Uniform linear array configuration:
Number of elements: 24
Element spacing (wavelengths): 0.5
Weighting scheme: uniform
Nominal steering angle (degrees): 45
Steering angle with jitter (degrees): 43.601
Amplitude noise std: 0.05
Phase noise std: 0.05

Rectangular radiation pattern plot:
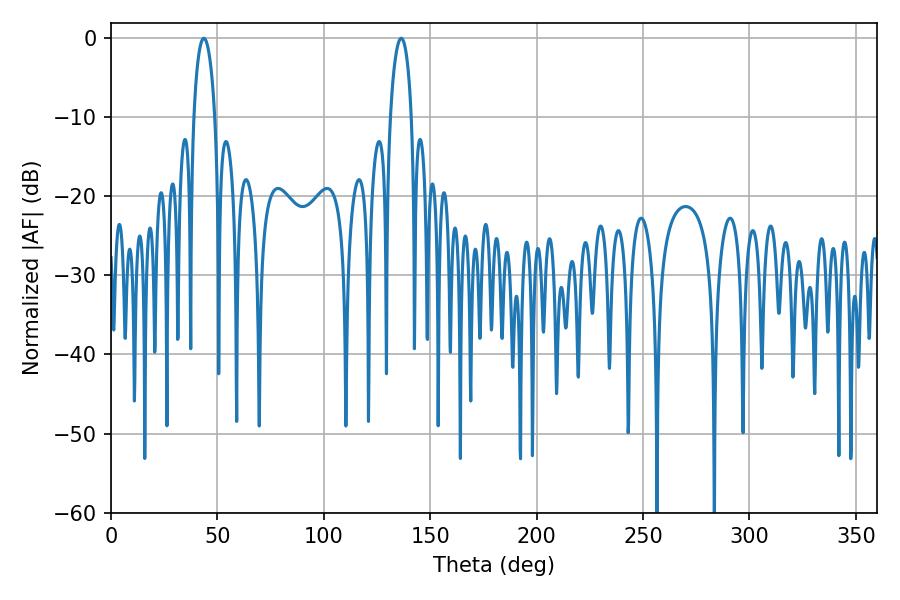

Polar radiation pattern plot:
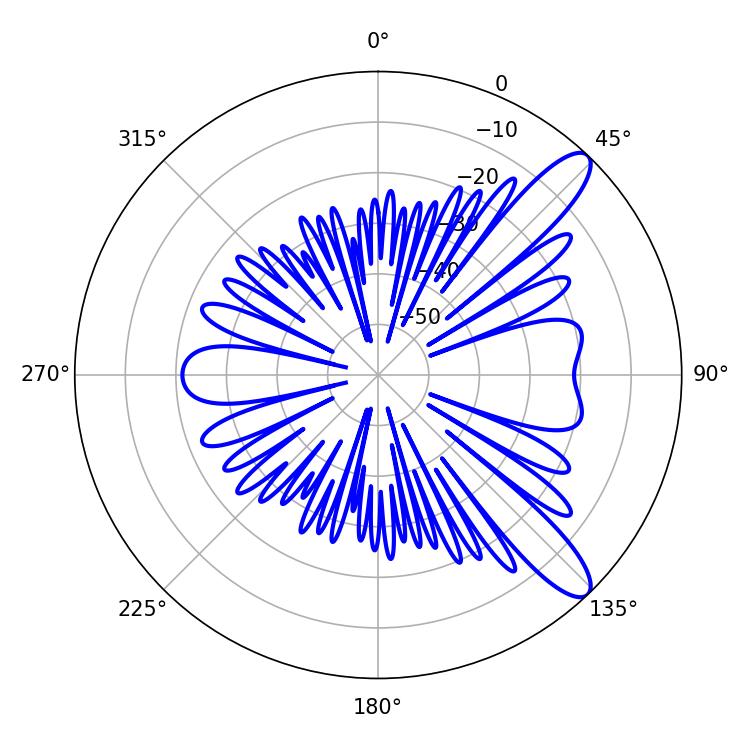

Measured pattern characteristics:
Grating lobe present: FALSE
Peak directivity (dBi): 11.023
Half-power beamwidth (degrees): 5.76
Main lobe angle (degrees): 43.56